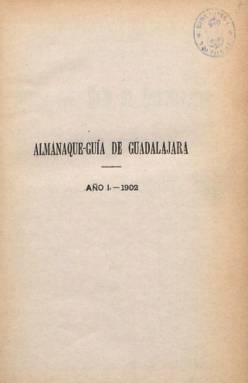
Título: Almanaque-guía de Guadalajara
Otros títulos: Almanaque guía de Guadalajara
Colección: Almanaques
Ámbito geográfico: Guadalajara
Lugar de publicación: Guadalajara
Fechas: 01/01/1902-31/12/1902

Comienza con el Almanaque para el año 1902, sus fiestas o eclipses y el santoral mensual, para después ofrecer unas Notas de utilidad general, como impuestos y tasas, tanto municipales como judiciales o de consumos, de cédulas personales, licencias de armas o de derechos parroquiales; y de tarifas de correos, telégrafos o ferrocarriles, entre otras. En una segunda parte ofrece una Guía de quienes representan a la provincia de Guadalajara en el Congreso y el Senado, y de todos los cargos públicos y oficiales en el Gobierno Civil, Diputación Provincial, Audiencia Provincial, Ayuntamiento y demás organismos y oficinas de las distintas Administraciones, con sus nombres y domicilios. Ofrecerá también los mismo datos de parroquias, asociaciones (de ganaderos o de abogados), compañías y otras empresas e industrias, establecimientos comerciales, institucionales, culturales o académicos, y de los profesionales liberales (ingenieros, notarios o médicos, entre otros). De ahí que en sus indicaciones en el título sean “centro oficiales y particulares, agricultura, comercio, industria, profesiones y anuncios”.

El volumen fue estampado en el madrileño Establecimiento Tipográfico Sucesores de Rivadeneyra. Es de 134 páginas foliadas, más otras 31 de anuncios publicitarios, principalmente de establecimientos y entidades de Guadalajara. Al final lleva un índice, de seis páginas. Se trata del primer y único volumen que con este título editará el abogado Tomás Bravo y Lecea (1866-1926) afincado en la ciudad de Guadalajara, en la que desarrollará tanto su ejercicio profesional y también político, como una destacada labor literaria y periodística, como fundador y director de otros periódicos de la localidad, siendo también corresponsal del diario El Liberal, de Madrid. A partir de su segundo año, en 1903, Bravo y Lecea modifica el título de esta publicación, siendo a partir de entonces: Anuario-guía de Guadalajara y su provincia, que también será continuado, posteriormente, por otros títulos, que mantendrán la secuencia anual de este Anuario, y en cuyos ediciones irá introduciendo otros contenidos, especialmente jurídicos, y que también forman parte de la colección de la Biblioteca Nacional de España.